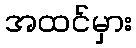
အထင်မှား